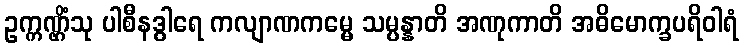
ဥက္ကဏ္ဌိံသု ပါစီနဒွါရေ ကလျာဏကမ္မေ သမ္ပန္နာတိ အဏုကာတိ အဓိမောက္ခပရိဝါရံ